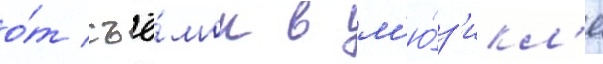
о́т съё́мок в м'ю́з'икл'е